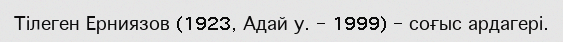
Тілеген Ерниязов (1923, Адай у. – 1999) – соғыс ардагері.